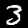
Label: 3